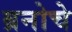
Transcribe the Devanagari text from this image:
ब्रनोचे